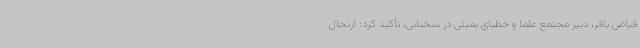
فیاض باقر، دبیر مجتمع علما و خطبای بمبئی در سخنانی، تأکید کرد: ارتحال